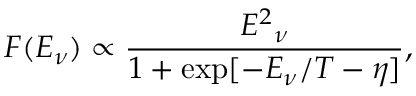
F ( E _ { \nu } ) \propto \frac { { E ^ { 2 } } _ { \nu } } { 1 + \exp [ { - E _ { \nu } / T - \eta } ] } ,